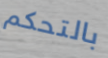
بالتحكم